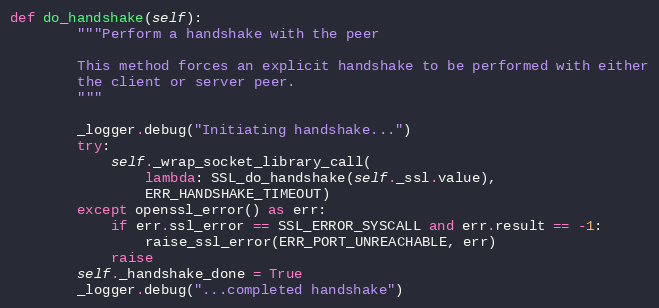
Language: Python
def do_handshake(self):
        """Perform a handshake with the peer

        This method forces an explicit handshake to be performed with either
        the client or server peer.
        """

        _logger.debug("Initiating handshake...")
        try:
            self._wrap_socket_library_call(
                lambda: SSL_do_handshake(self._ssl.value),
                ERR_HANDSHAKE_TIMEOUT)
        except openssl_error() as err:
            if err.ssl_error == SSL_ERROR_SYSCALL and err.result == -1:
                raise_ssl_error(ERR_PORT_UNREACHABLE, err)
            raise
        self._handshake_done = True
        _logger.debug("...completed handshake")